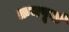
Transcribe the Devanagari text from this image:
क्रमपूर्वा